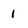
Character: 1